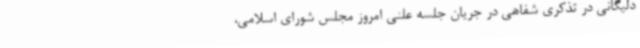
دلیگانی در تذکری شفاهی در جریان جلسه علنی امروز مجلس شورای اسلامی،